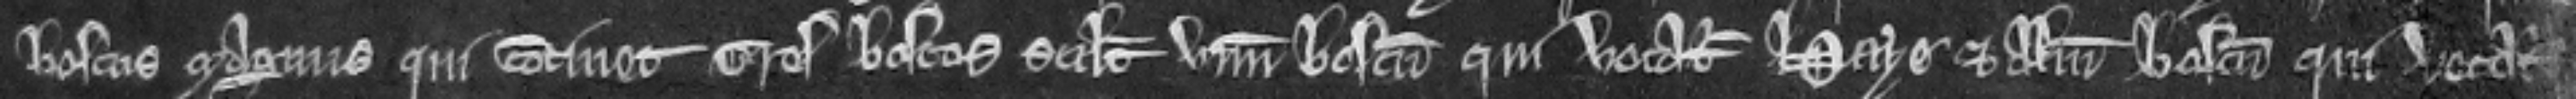
boscus magnus qui continet tres boscos scilicet unum boscum qui vocatur Haye et alium boscum qui vocatur